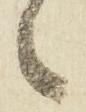
之